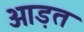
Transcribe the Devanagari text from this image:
ओड़त